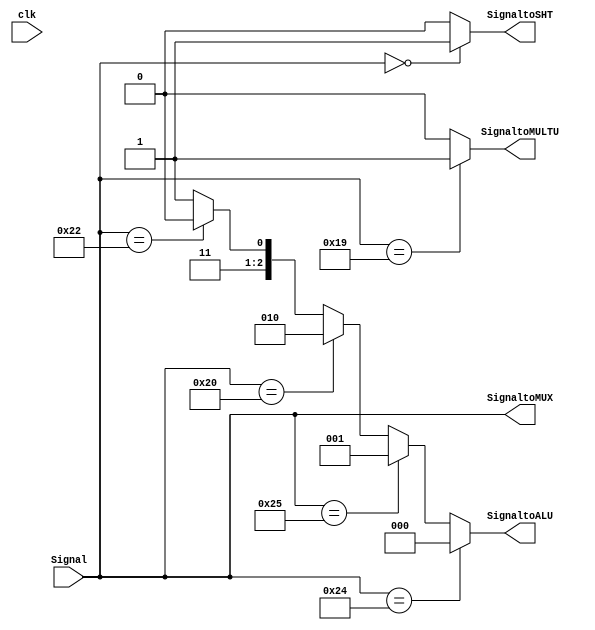
module ALUControl( clk, Signal, SignaltoALU, SignaltoSHT, SignaltoMULTU, SignaltoMUX );
  // I/O
  input clk;
  input[5:0] Signal;
  output[5:0] SignaltoMUX;
  output SignaltoMULTU, SignaltoSHT;
  output[2:0] SignaltoALU;
  
  
  // define signal
  parameter AND = 6'b100100; // d36
  parameter OR  = 6'b100101; // d37
  parameter ADD = 6'b100000; // d32
  parameter SUB = 6'b100010; // d34
  parameter SLT = 6'b101010; // d42
  parameter SLL = 6'b000000; // d0
  parameter MULTU = 6'b011001;// d25
  
  
  // connect input with output signal
  assign SignaltoALU = (Signal == AND)? 3'b000 :
                       (Signal == OR)? 3'b001 :
                       (Signal == ADD)? 3'b010 :
                       (Signal == SUB)? 3'b110 :
                       3'b111;
  assign SignaltoSHT = (Signal == SLL)? 1 : 0;
  assign SignaltoMULTU = (Signal == MULTU)? 1 : 0;
  assign SignaltoMUX = Signal;
  
endmodule